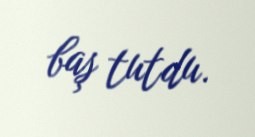
baş tutdu.